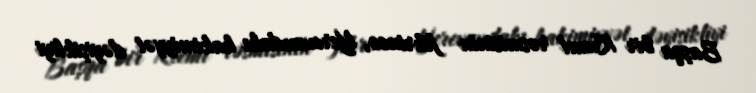
Başqa bir Kreml rəsmisinin fikrincə, Yerevandakı hakimiyyət dəyişikliyi